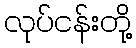
လုပ်ငန်းတို့